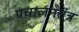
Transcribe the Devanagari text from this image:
प्रचालनतंत्र